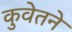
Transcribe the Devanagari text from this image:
कुवेतने